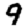
Digit: 9